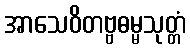
အာသေဝိတဗ္ဗဓမ္မသုတ္တံ